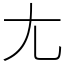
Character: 尢